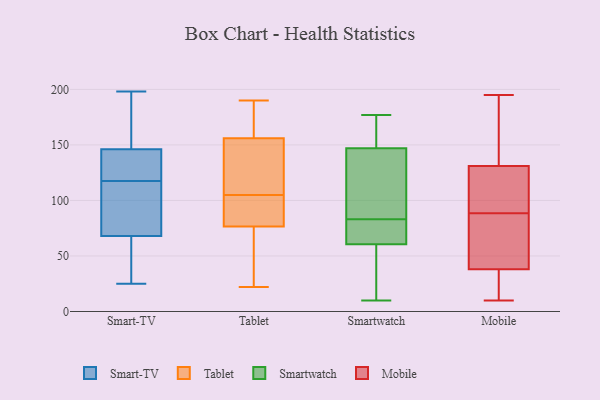
{"axis": {"x": "Production Output", "y": "Value"}, "legend": ["Mobile", "Smart-TV", "Smartwatch", "Tablet"], "data": [{"x": "", "y": 170, "type": "Smart-TV"}, {"x": "", "y": 141, "type": "Smart-TV"}, {"x": "", "y": 107, "type": "Smart-TV"}, {"x": "", "y": 80, "type": "Smart-TV"}, {"x": "", "y": 104, "type": "Smart-TV"}, {"x": "", "y": 150, "type": "Smart-TV"}, {"x": "", "y": 25, "type": "Smart-TV"}, {"x": "", "y": 142, "type": "Smart-TV"}, {"x": "", "y": 56, "type": "Smart-TV"}, {"x": "", "y": 128, "type": "Smart-TV"}, {"x": "", "y": 45, "type": "Smart-TV"}, {"x": "", "y": 198, "type": "Smart-TV"}, {"x": "", "y": 64, "type": "Tablet"}, {"x": "", "y": 109, "type": "Tablet"}, {"x": "", "y": 31, "type": "Tablet"}, {"x": "", "y": 89, "type": "Tablet"}, {"x": "", "y": 94, "type": "Tablet"}, {"x": "", "y": 129, "type": "Tablet"}, {"x": "", "y": 182, "type": "Tablet"}, {"x": "", "y": 22, "type": "Tablet"}, {"x": "", "y": 152, "type": "Tablet"}, {"x": "", "y": 160, "type": "Tablet"}, {"x": "", "y": 101, "type": "Tablet"}, {"x": "", "y": 190, "type": "Tablet"}, {"x": "", "y": 176, "type": "Smartwatch"}, {"x": "", "y": 131, "type": "Smartwatch"}, {"x": "", "y": 76, "type": "Smartwatch"}, {"x": "", "y": 32, "type": "Smartwatch"}, {"x": "", "y": 128, "type": "Smartwatch"}, {"x": "", "y": 146, "type": "Smartwatch"}, {"x": "", "y": 67, "type": "Smartwatch"}, {"x": "", "y": 177, "type": "Smartwatch"}, {"x": "", "y": 85, "type": "Smartwatch"}, {"x": "", "y": 42, "type": "Smartwatch"}, {"x": "", "y": 54, "type": "Smartwatch"}, {"x": "", "y": 148, "type": "Smartwatch"}, {"x": "", "y": 162, "type": "Smartwatch"}, {"x": "", "y": 10, "type": "Smartwatch"}, {"x": "", "y": 76, "type": "Smartwatch"}, {"x": "", "y": 81, "type": "Smartwatch"}, {"x": "", "y": 93, "type": "Mobile"}, {"x": "", "y": 37, "type": "Mobile"}, {"x": "", "y": 112, "type": "Mobile"}, {"x": "", "y": 34, "type": "Mobile"}, {"x": "", "y": 195, "type": "Mobile"}, {"x": "", "y": 31, "type": "Mobile"}, {"x": "", "y": 15, "type": "Mobile"}, {"x": "", "y": 53, "type": "Mobile"}, {"x": "", "y": 71, "type": "Mobile"}, {"x": "", "y": 124, "type": "Mobile"}, {"x": "", "y": 141, "type": "Mobile"}, {"x": "", "y": 10, "type": "Mobile"}, {"x": "", "y": 173, "type": "Mobile"}, {"x": "", "y": 138, "type": "Mobile"}, {"x": "", "y": 118, "type": "Mobile"}, {"x": "", "y": 91, "type": "Mobile"}, {"x": "", "y": 39, "type": "Mobile"}, {"x": "", "y": 192, "type": "Mobile"}, {"x": "", "y": 86, "type": "Mobile"}, {"x": "", "y": 82, "type": "Mobile"}]}